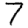
Digit: 7